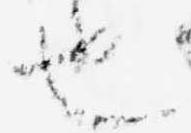
也